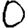
Digit: 0